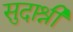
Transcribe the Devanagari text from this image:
सुदाश्री